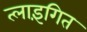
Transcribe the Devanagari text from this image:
त्लाइंगित